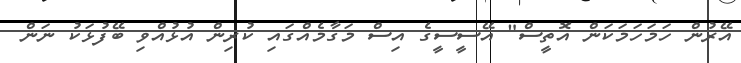
އޭރުން ހަމަހަމަކަން އޮތީސް" އޭސީސީގެ އިސް މަގާމެއްގައި ކުރިން އުޅުއްވި ބޭފުޅަކު ނަން